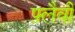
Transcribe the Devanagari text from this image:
फ़्लैवी